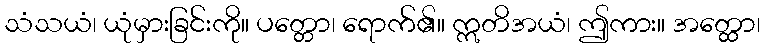
သံသယံ၊ ယုံမှားခြင်းကို။ ပတ္တော၊ ရောက်၏။ ဣတိအယံ၊ ဤကား။ အတ္ထော၊